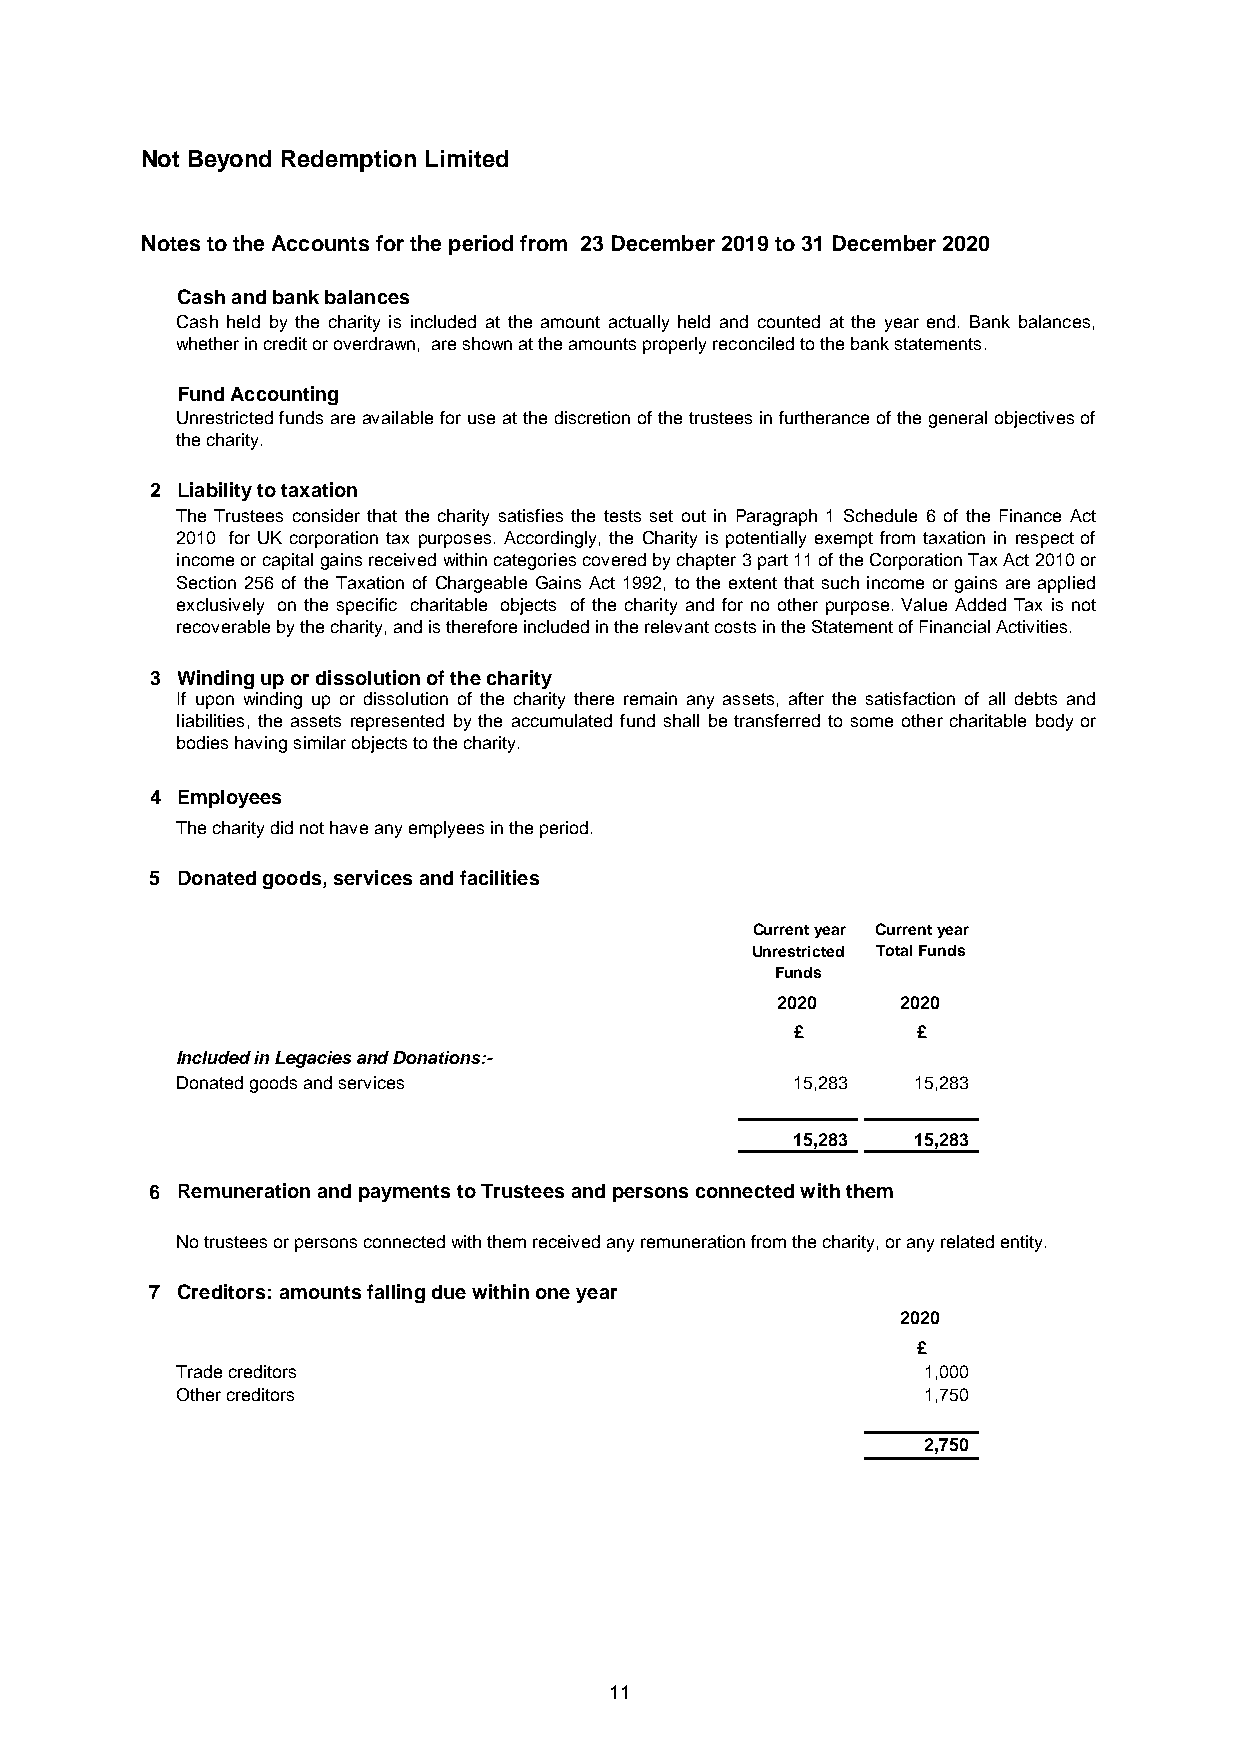
Not Beyond Redemption Limited
 Notes to the Accounts for the period from 23 December 2019 to 31 December 2020
 Cash and bank balances
 Cash held by the charity is included at the amount actually held and counted at the year end. Bank balances,
 whether in credit or overdrawn, are shown at the amounts properly reconciled to the bank statements.
 Fund Accounting
 Unrestrictedfundsareavailableforuseatthediscretionof thetrusteesinfurtheranceof thegeneralobjectivesof
 the charity.
 2 Liability to taxation
 The Trustees consider that the charity satisfies the tests set out in Paragraph 1 Schedule 6 of the Finance Act
 2010 for UK corporation tax purposes. Accordingly, the Charity is potentially exempt from taxation in respect of
 incomeorcapitalgainsreceivedwithincategoriescoveredbychapter3part11oftheCorporationTaxAct2010or
 Section 256 of the Taxation of Chargeable Gains Act 1992, to the extent that such income or gains are applied
 exclusively on the specific charitable objects of the charity and for no other purpose. Value Added Tax is not
 recoverable by the charity, and is therefore included in the relevant costs in the Statement of Financial Activities.
 3 Winding up or dissolution of the charity
 If upon winding up or dissolution of the charity there remain any assets, after the satisfaction of all debts and
 liabilities, the assets represented by the accumulated fund shall be transferred to some other charitable body or
 bodies having similar objects to the charity.
 4 Employees
 The charity did not have any emplyees in the period.
 5 Donated goods, services and facilities
 Current year Current year
 Unrestricted Total Funds
 Funds
 2020     2020
 £       £
 Included in Legacies and Donations:-
 Donated goods and services              15,283  15,283
 15,283  15,283
 6 Remuneration and payments to Trustees and persons connected with them
 No trustees or persons connected with them received any remuneration from the charity, or any related entity.
 7 Creditors: amounts falling due within one year
 2020
 £
 Trade creditors                                  1,000
 Other creditors                                  1,750
 2,750
 11